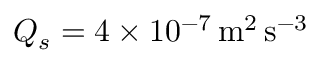
Q _ { s } = 4 \times 1 0 ^ { - 7 } \, \mathrm { m ^ { 2 } \, s ^ { - 3 } }